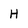
Character: H